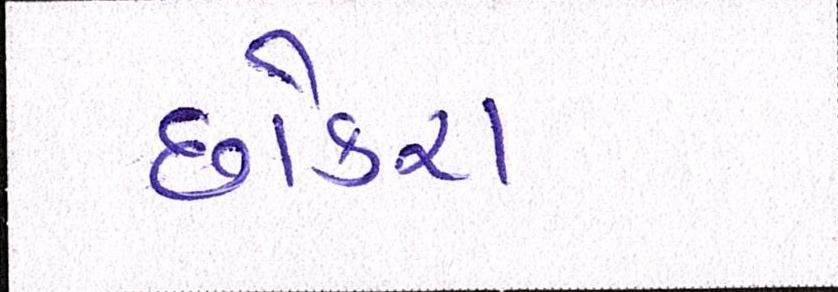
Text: છોકરા